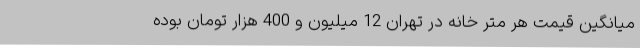
میانگین قیمت هر متر خانه در تهران 12 میلیون و 400 هزار تومان بوده